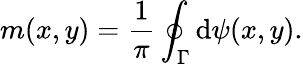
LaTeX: m(x,y)=\frac{1}{\pi}\oint_{\Gamma}\mathrm{d}\psi(x,y).